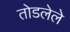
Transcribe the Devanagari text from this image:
तोडलेले